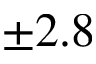
\pm 2 . 8